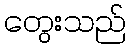
တွေးသည်